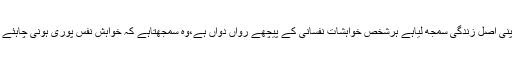
آج ہم جس دورکے اندراپنی شب وروز گزاررہے ہیں اس میں لوگوں نے ہوائے نفس کوہی اپنی اصل زندگی سمجھ لیاہے ہرشخص خواہشات نفسانی کے پیچھے رواں دواں ہے،وہ سمجھتاہے کہ خواہش نفس پوری ہونی چاہئے خواہ جیسے بھی ہوچنانچہ جنسی خواہش جوانسانی خواہشات میں سے ایک بڑی خواہش ہے۔